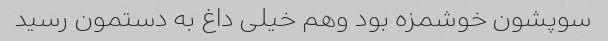
سوپشون خوشمزه بود وهم خیلی داغ به دستمون رسید